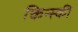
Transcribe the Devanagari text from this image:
किन्स्की